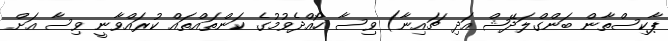
ޕާކިސްތާން ބަންގްލަދޭޝް އަދި ޗައިނާ) ވިސާ ހޯއްދެވުމުގެ ކަންތައްތައް ކުރައްވާނީ ވިސާ އަށް